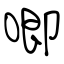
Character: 唧